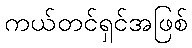
ကယ်တင်ရှင်အဖြစ်